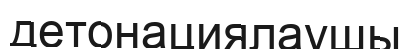
детонациялаушы